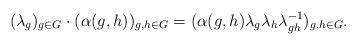
LaTeX: \begin{align*}(\lambda_g)_{g\in G}\cdot (\alpha(g,h))_{g,h\in G} = (\alpha(g,h)\lambda_g\lambda_h\lambda_{gh}^{-1})_{g,h\in G}.\end{align*}